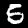
Label: 5